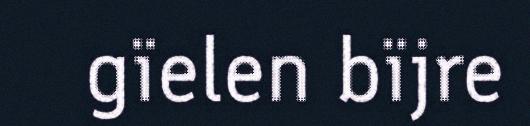
gïelen bïjre